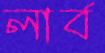
লার্ব